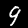
Digit: 9